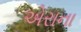
એરાના